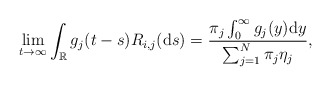
\begin{align*}\lim_{t\to \infty}\int_{\mathbb{R}}g_j (t-s)R_{i,j}({\rm d}s)=\frac{\pi_j \int_{0}^{\infty}g_{j}(y){\rm d}y}{\sum_{j=1}^N\pi_j\eta_j},\end{align*}